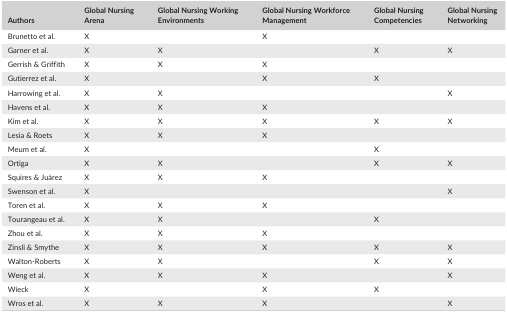
<table><thead><tr><td><b>Authors</b></td><td><b>Global Nursing Arena</b></td><td><b>Global Nursing Working Environments</b></td><td><b>Global Nursing Workforce Management</b></td><td><b>Global Nursing Competencies</b></td><td><b>Global Nursing Networking</b></td></tr></thead><tbody><tr><td>Brunetto et al.</td><td>X</td><td></td><td>X</td><td></td><td></td></tr><tr><td>Garner et al.</td><td>X</td><td>X</td><td></td><td>X</td><td>X</td></tr><tr><td>Gerrish &amp; Griffith</td><td>X</td><td>X</td><td>X</td><td></td><td></td></tr><tr><td>Gutierrez et al.</td><td>X</td><td></td><td>X</td><td>X</td><td></td></tr><tr><td>Harrowing et al.</td><td>X</td><td>X</td><td></td><td></td><td>X</td></tr><tr><td>Havens et al.</td><td>X</td><td>X</td><td>X</td><td></td><td></td></tr><tr><td>Kim et al.</td><td>X</td><td>X</td><td>X</td><td>X</td><td>X</td></tr><tr><td>Lesia &amp; Roets</td><td>X</td><td>X</td><td>X</td><td></td><td></td></tr><tr><td>Meum et al.</td><td>X</td><td></td><td></td><td>X</td><td></td></tr><tr><td>Ortiga</td><td>X</td><td>X</td><td></td><td>X</td><td>X</td></tr><tr><td>Squires &amp; Juárez</td><td>X</td><td>X</td><td>X</td><td></td><td></td></tr><tr><td>Swenson et al.</td><td>X</td><td></td><td></td><td></td><td>X</td></tr><tr><td>Toren et al.</td><td>X</td><td>X</td><td>X</td><td></td><td></td></tr><tr><td>Tourangeau et al.</td><td>X</td><td>X</td><td></td><td>X</td><td></td></tr><tr><td>Zhou et al.</td><td>X</td><td>X</td><td>X</td><td></td><td></td></tr><tr><td>Zinsli &amp; Smythe</td><td>X</td><td>X</td><td>X</td><td>X</td><td>X</td></tr><tr><td>Walton‐Roberts</td><td>X</td><td>X</td><td></td><td>X</td><td>X</td></tr><tr><td>Weng et al.</td><td>X</td><td>X</td><td>X</td><td></td><td>X</td></tr><tr><td>Wieck</td><td>X</td><td></td><td>X</td><td>X</td><td></td></tr><tr><td>Wros et al.</td><td>X</td><td>X</td><td>X</td><td></td><td>X</td></tr></tbody></table>